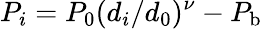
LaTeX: P_{i}=P_{0}(d_{i}/d_{0})^{\nu}-P_{\mathrm{b}}